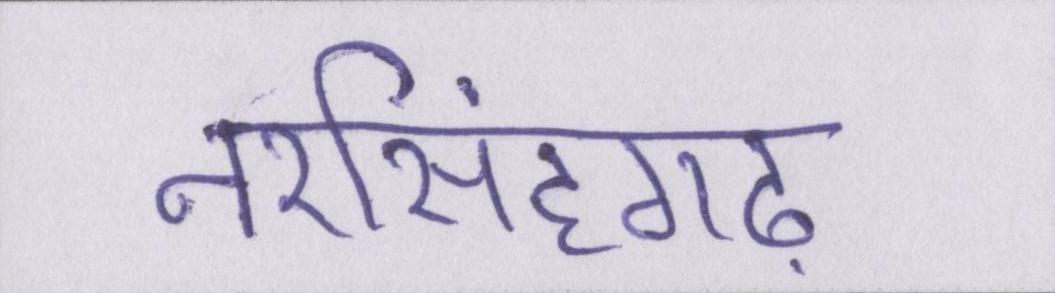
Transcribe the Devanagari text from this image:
नरसिंहगढ़